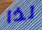
لذا